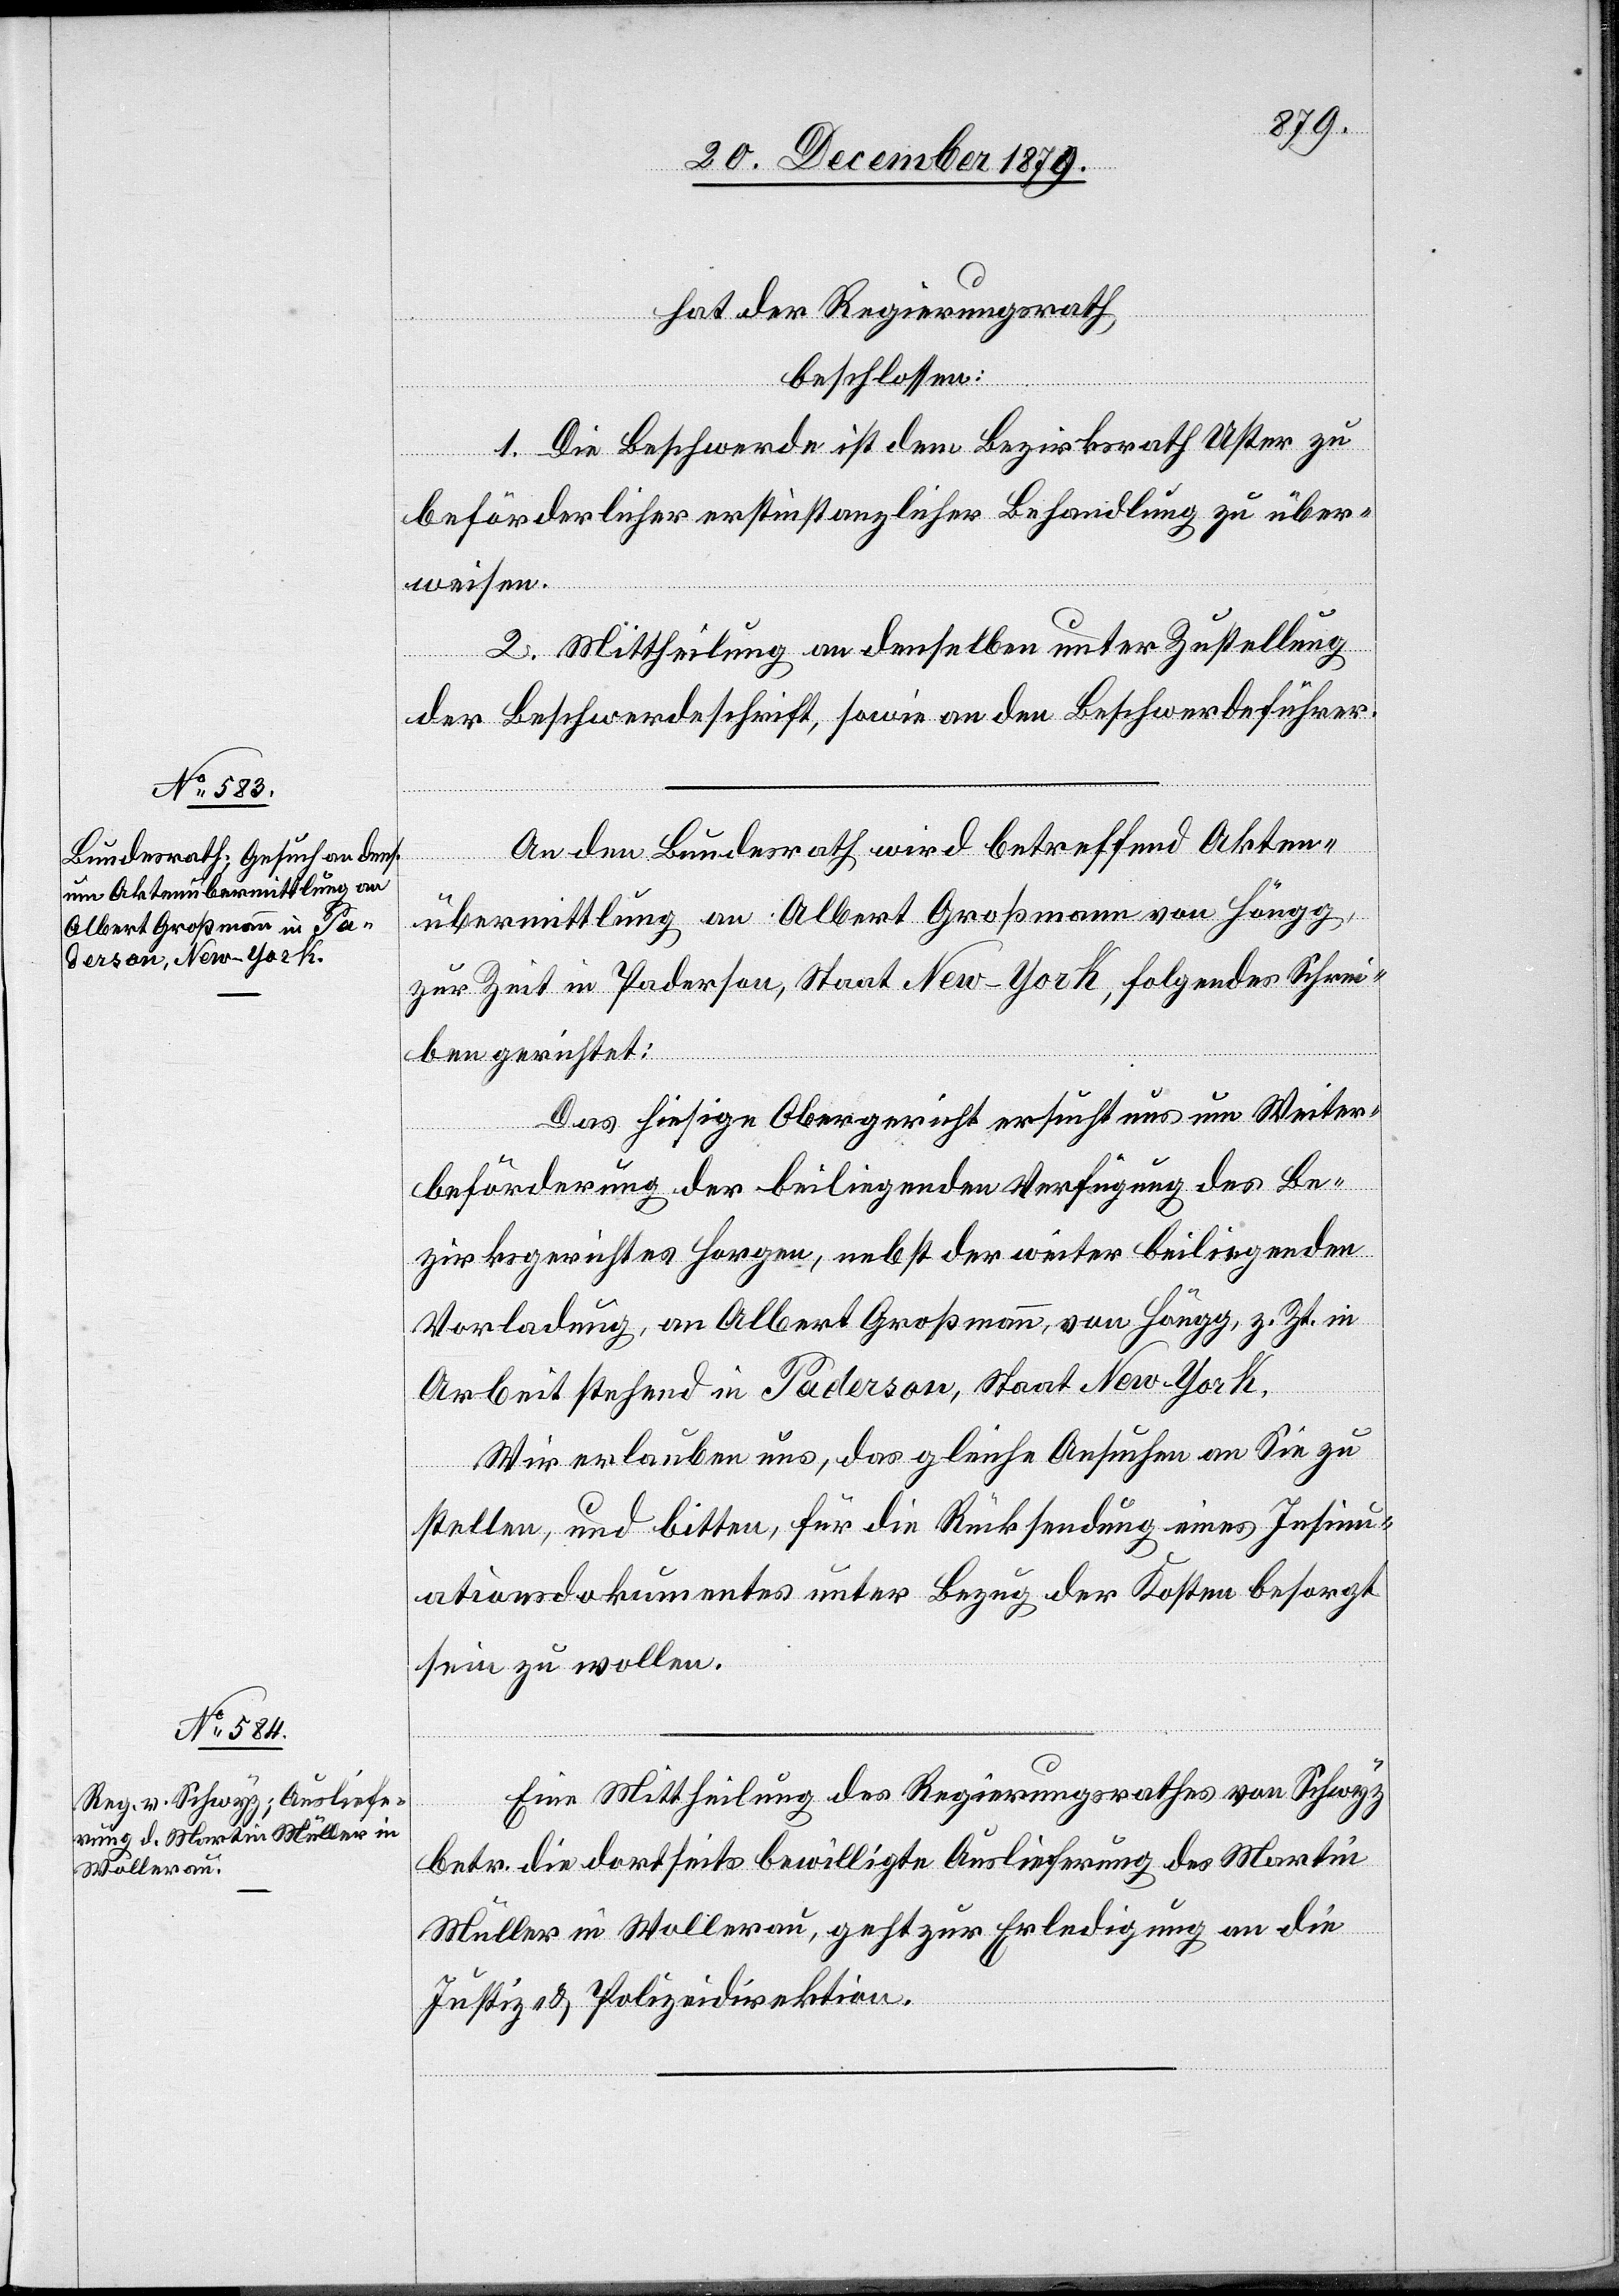
23. December 1879.]
hat der Regierungsrath
beschlossen:
1. Die Beschwerde ist dem Bezirksrath Uster zu
beförderlicher erstinstanzlicher Behandlung zu über¬
weisen.
2. Mittheilung an denselben unter Zustellung
der Beschwerdeschrift, sowie an den Beschwerdeführer.
An den Bundesrath wird betreffend Akten¬
übermittlung an Albert Großmann von Höngg,
zur Zeit in Paderson, Staat New-York, folgendes Schrei¬
ben gerichtet:
Das hiesige Obergericht ersucht uns um Weiter¬
beförderung der beiliegenden Verfügung des Be¬
zirksgerichtes Horgen, nebst der weiter beiliegenden
Vorladung, an Albert Großmann, von Höngg, z. Zt. in
Arbeit stehend in Paderson, Staat New-York.
Wir erlauben uns das gleiche Ansuchen an Sie zu
stellen, und bitten, für die Rücksendung eines Insinu¬
ationsdokumentes unter Bezug der Kosten besorgt
sein zu wollen.
Eine Mittheilung des Regierungsrathes von Schwyz
betr. die dortseits bewilligte Auslieferung des Martin
Müller in Wollerau, geht zur Erledigung an die
Justiz- & Polizeidirektion.